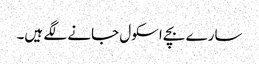
سارے بچے اسکول جانے لگے ہیں۔